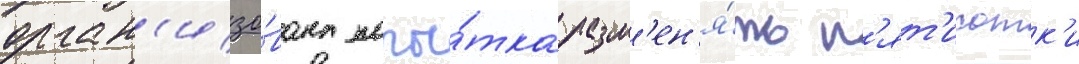
орган'изо́вана попы́тка разм'ен'я́ть п'ят'исотк'и